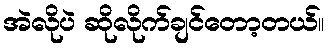
အဲလိုပဲ ဆိုလိုက်ချင်တော့တယ်။